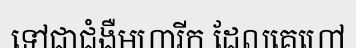
ទៅជាជំងឺមហារីក ដែលគេហៅ